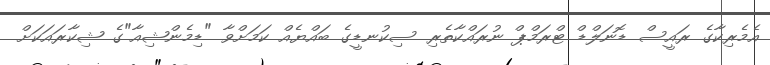
އެމެރިކާގެ ރައީސް ޑޮނަލްޑް ޓްރަމްޕް ނުރައްކާތެރި ސިކުނޑީގެ ބައްޔެއް ކަމަށްވާ "ޑިމެންޝިއާ"ގެ ޝިކާރައަކަށް